Statistical return of the lunatic asylum in Assam - 1912-1932
Year: 1912
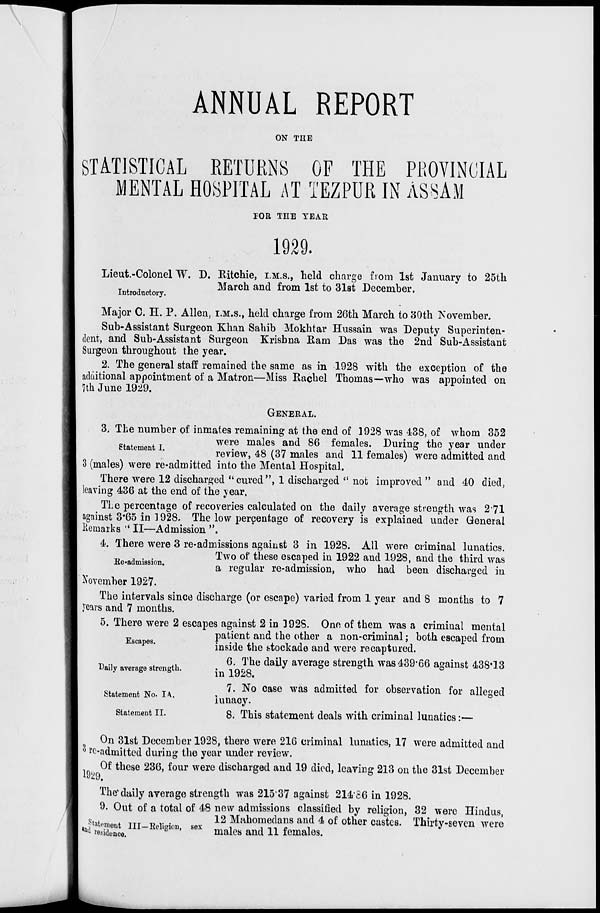
ANNUAL REPORT
ON THE
STATISTICAL RETURNS OF THE PROVINCIAL
MENTAL HOSPITAL AT TEZPUR IN ASSAM
TOR THE YEAR
1929.
Lieut.-Colonel "W. D. Ritchie, I.M.S., held charge from 1st January to 25th
_ , ,
March and from 1st to 31st December.
Introductory.
Major 0. H. P. Allen, I.M.S., held charge from 26th March to 30th November.
Sub-Assistant Surgeon Khan Sahib Mokhtar Hussain was Deputy Superinten-
dent, and Sub-Assistant Surgeon Krishna Earn Das was the 2nd Sub-Assistant
Surgeon throughout the year.
2. The general staff remained the same as in 1928 with the exception of the
additional appointment of a Matron—Miss Rachel Thomas—who was appointed on
7th June 1929.
GENERAL.
3. The number of inmates remaining at the end of 1928 was 438, of whom 352
were males and 86 females. During the year under
review, 48 (37 males and 11 females) were admitted and
3 (males) were re-admitted into the Mental Hospital.
There were 12 discharged "cured", 1 discharged " not improved " and 40 died,
leaving 436 at the end of the year.
TLe percentage of recoveries calculated on the daily average strength was 271
against 3*65 in 1928. The low percentage of recovery is explained under General
Remarks " II—Admission ".
4. There were 3 re-admissions against 3 in 1928. All were criminal lunatics.
Two of these escaped in 1922 and 1928, and the third was
a regular re-admission, who had been discharged in
November 1927.
The intervals since discharge (or escape) varied from 1 year and 8 months to 7
years and 7 months.
5. There were 2 escapes against 2 in 392S. One of them was a criminal mental
patient and the other a non-criminal; both escaped from
inside the stockade and were recaptured.
6. The daily average strength was 439*66 against 438*13
in 1928.
7. No case was admitted for observation for alleged
lunacy.
8. This statement deals with criminal lunatics:—
Ee^admission.
Escapes.
Daily average strength.
Statement No. I A.
Statement II.
On 31st December 1928, there were 216 criminal lunatics, 17 were admitted and
* re-admitted during the year under review.
, Of these 236, four were discharged and 19 died, leaving 213 on the 31st December
1929.
The*daily average strength was 21537 against 214*56 in 1928.
9. Out of a total of 48 new admissions classified by religion, 32 were Hindus,
s t ,4
TTT „ ,. .
12 Mahomedans and 4 of other castes. Thirty-seven were
^TCl UI~mismh se " males and 11 females.